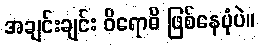
အချင်းချင်း ဝိရောဓိ ဖြစ်နေပုံပဲ။